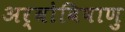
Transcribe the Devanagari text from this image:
अर्बोविषाणु